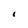
Character: 1